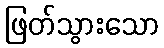
ဖြတ်သွားသော